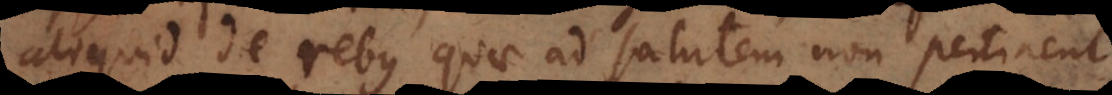
aliquid de rebus quae ad salutem non pertinent